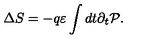
\Delta S = - q \varepsilon \int d t \partial _ { t } { \cal P } .